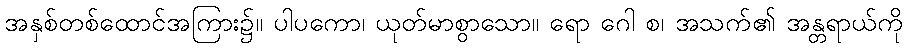
အနှစ်တစ်ထောင်အကြား၌။ ပါပကော၊ ယုတ်မာစွာသော။ ရော ဂေါ စ၊ အသက်၏ အန္တရာယ်ကို